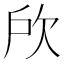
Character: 𣢖